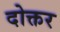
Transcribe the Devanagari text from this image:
दोक्तर